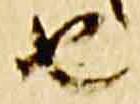
由